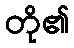
တို၏